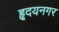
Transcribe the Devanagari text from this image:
हृदयनगर